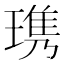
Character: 㻪